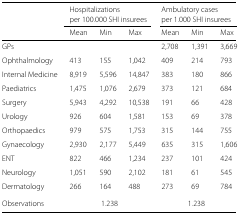
|  | <COLSPAN=3> Hospitalizations | <COLSPAN=3> Ambulatory cases |
 |  | <COLSPAN=3> per 100.000 SHI insurees | <COLSPAN=3> per 1.000 SHI insurees |
 |  | Mean | Min | Max | Mean | Min | Max |
 | --- | --- | --- | --- | --- | --- | --- |
 | GPs |  |  |  | 2,708 | 1,391 | 3,669 |
 | Ophthalmology | 413 | 155 | 1,042 | 409 | 214 | 793 |
 | Internal Medicine | 8,919 | 5,596 | 14,847 | 383 | 180 | 866 |
 | Paediatrics | 1,475 | 1,076 | 2,679 | 373 | 121 | 684 |
 | Surgery | 5,943 | 4,292 | 10,538 | 191 | 66 | 428 |
 | Urology | 926 | 604 | 1,581 | 153 | 69 | 378 |
 | Orthopaedics | 979 | 575 | 1,753 | 315 | 144 | 755 |
 | Gynaecology | 2,930 | 2,177 | 5,449 | 635 | 315 | 1,606 |
 | ENT | 822 | 466 | 1,234 | 237 | 101 | 424 |
 | Neurology | 1,051 | 590 | 2,102 | 181 | 61 | 545 |
 | Dermatology | 266 | 164 | 488 | 273 | 69 | 784 |
 | Observations | <COLSPAN=3> 1.238 | <COLSPAN=3> 1.238 |